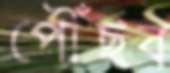
পৌঁছব